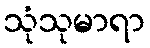
သုံသုမာရာ